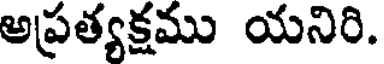
అప్రత్యక్షము యనిరి.